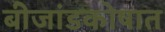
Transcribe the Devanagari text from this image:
बीजांडकोषात